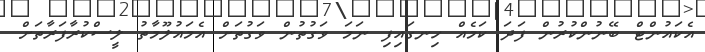
އެކައުންޓް ބޭނުންކުރުން ފަދަ ކަމެއް ހިނގައިފި ނަމަ ވަގުތުން ވަގުތަށް އެމައުލޫމާތު ލީސްކުރާފަރާތަށް